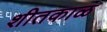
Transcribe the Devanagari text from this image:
शीतकाळ